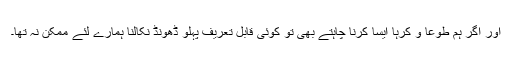
اور اگر ہم طوعاً و کرہاً ایسا کرنا چاہتے بھی تو کوئی قابل تعریف پہلو ڈھونڈ نکالنا ہمارے لئے ممکن نہ تھا۔